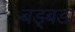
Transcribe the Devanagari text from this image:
बड्बडा